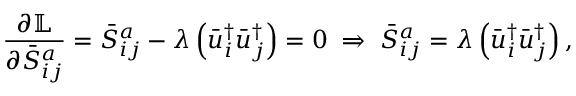
\frac { { \partial \mathbb { L } } } { { \partial \bar { S } _ { i j } ^ { a } } } = \bar { S } _ { i j } ^ { a } - \lambda \left( { \bar { u } _ { i } ^ { \dag } \bar { u } _ { j } ^ { \dag } } \right) = 0 \; \Rightarrow \; \bar { S } _ { i j } ^ { a } = \lambda \left( { \bar { u } _ { i } ^ { \dag } \bar { u } _ { j } ^ { \dag } } \right) , \